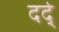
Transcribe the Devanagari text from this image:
दर्द्